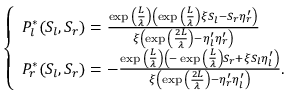
\left\{ \begin{array} { l l } { P _ { l } ^ { * } ( S _ { l } , S _ { r } ) = \frac { \exp { \left( \frac { L } { \lambda } \right) } \left( \exp { \left( \frac { L } { \lambda } \right) } \xi S _ { l } - S _ { r } \eta _ { r } ^ { \prime } \right) } { \xi \left( \exp { \left( \frac { 2 L } { \lambda } \right) } - \eta _ { l } ^ { \prime } \eta _ { r } ^ { \prime } \right) } } \\ { P _ { r } ^ { * } ( S _ { l } , S _ { r } ) = - \frac { \exp { \left( \frac { L } { \lambda } \right) } \left( - \exp { \left( \frac { L } { \lambda } \right) } S _ { r } + \xi S _ { l } \eta _ { l } ^ { \prime } \right) } { \xi \left( \exp { \left( \frac { 2 L } { \lambda } \right) } - \eta _ { r } ^ { \prime } \eta _ { l } ^ { \prime } \right) } . } \end{array} \right.